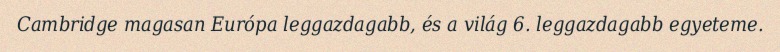
Cambridge magasan Európa leggazdagabb, és a világ 6. leggazdagabb egyeteme.